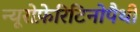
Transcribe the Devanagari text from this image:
न्यूरोफ़ेरिटिनोपैथी